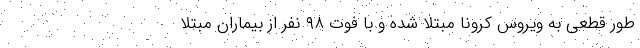
طور قطعی به ویروس کرونا مبتلا شده و با فوت ۹۸ نفر از بیماران مبتلا